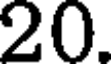
20.